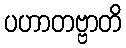
ပဟာတဗ္ဗာတိ